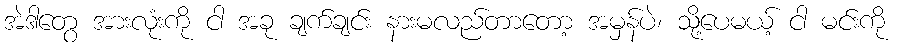
အဲဒါတွေ အားလုံးကို ငါ အခု ချက်ချင်း နားမလည်တာတော့ အမှန်ပဲ၊ သို့ပေမယ့် ငါ မင်းကို